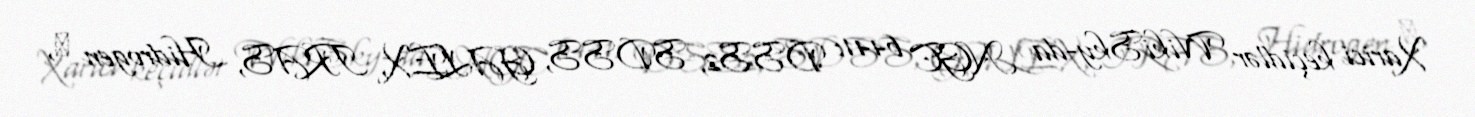
Xarici keçidlər WikiSky-da NGC 6441: DSS2, SDSS, GALEX, IRAS, Hidrogen α,